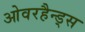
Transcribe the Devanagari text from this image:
ओवरहैन्ड्स